NASA-UAP-D7, Skylab Techincal Crew Debriefing 1973
Page 3
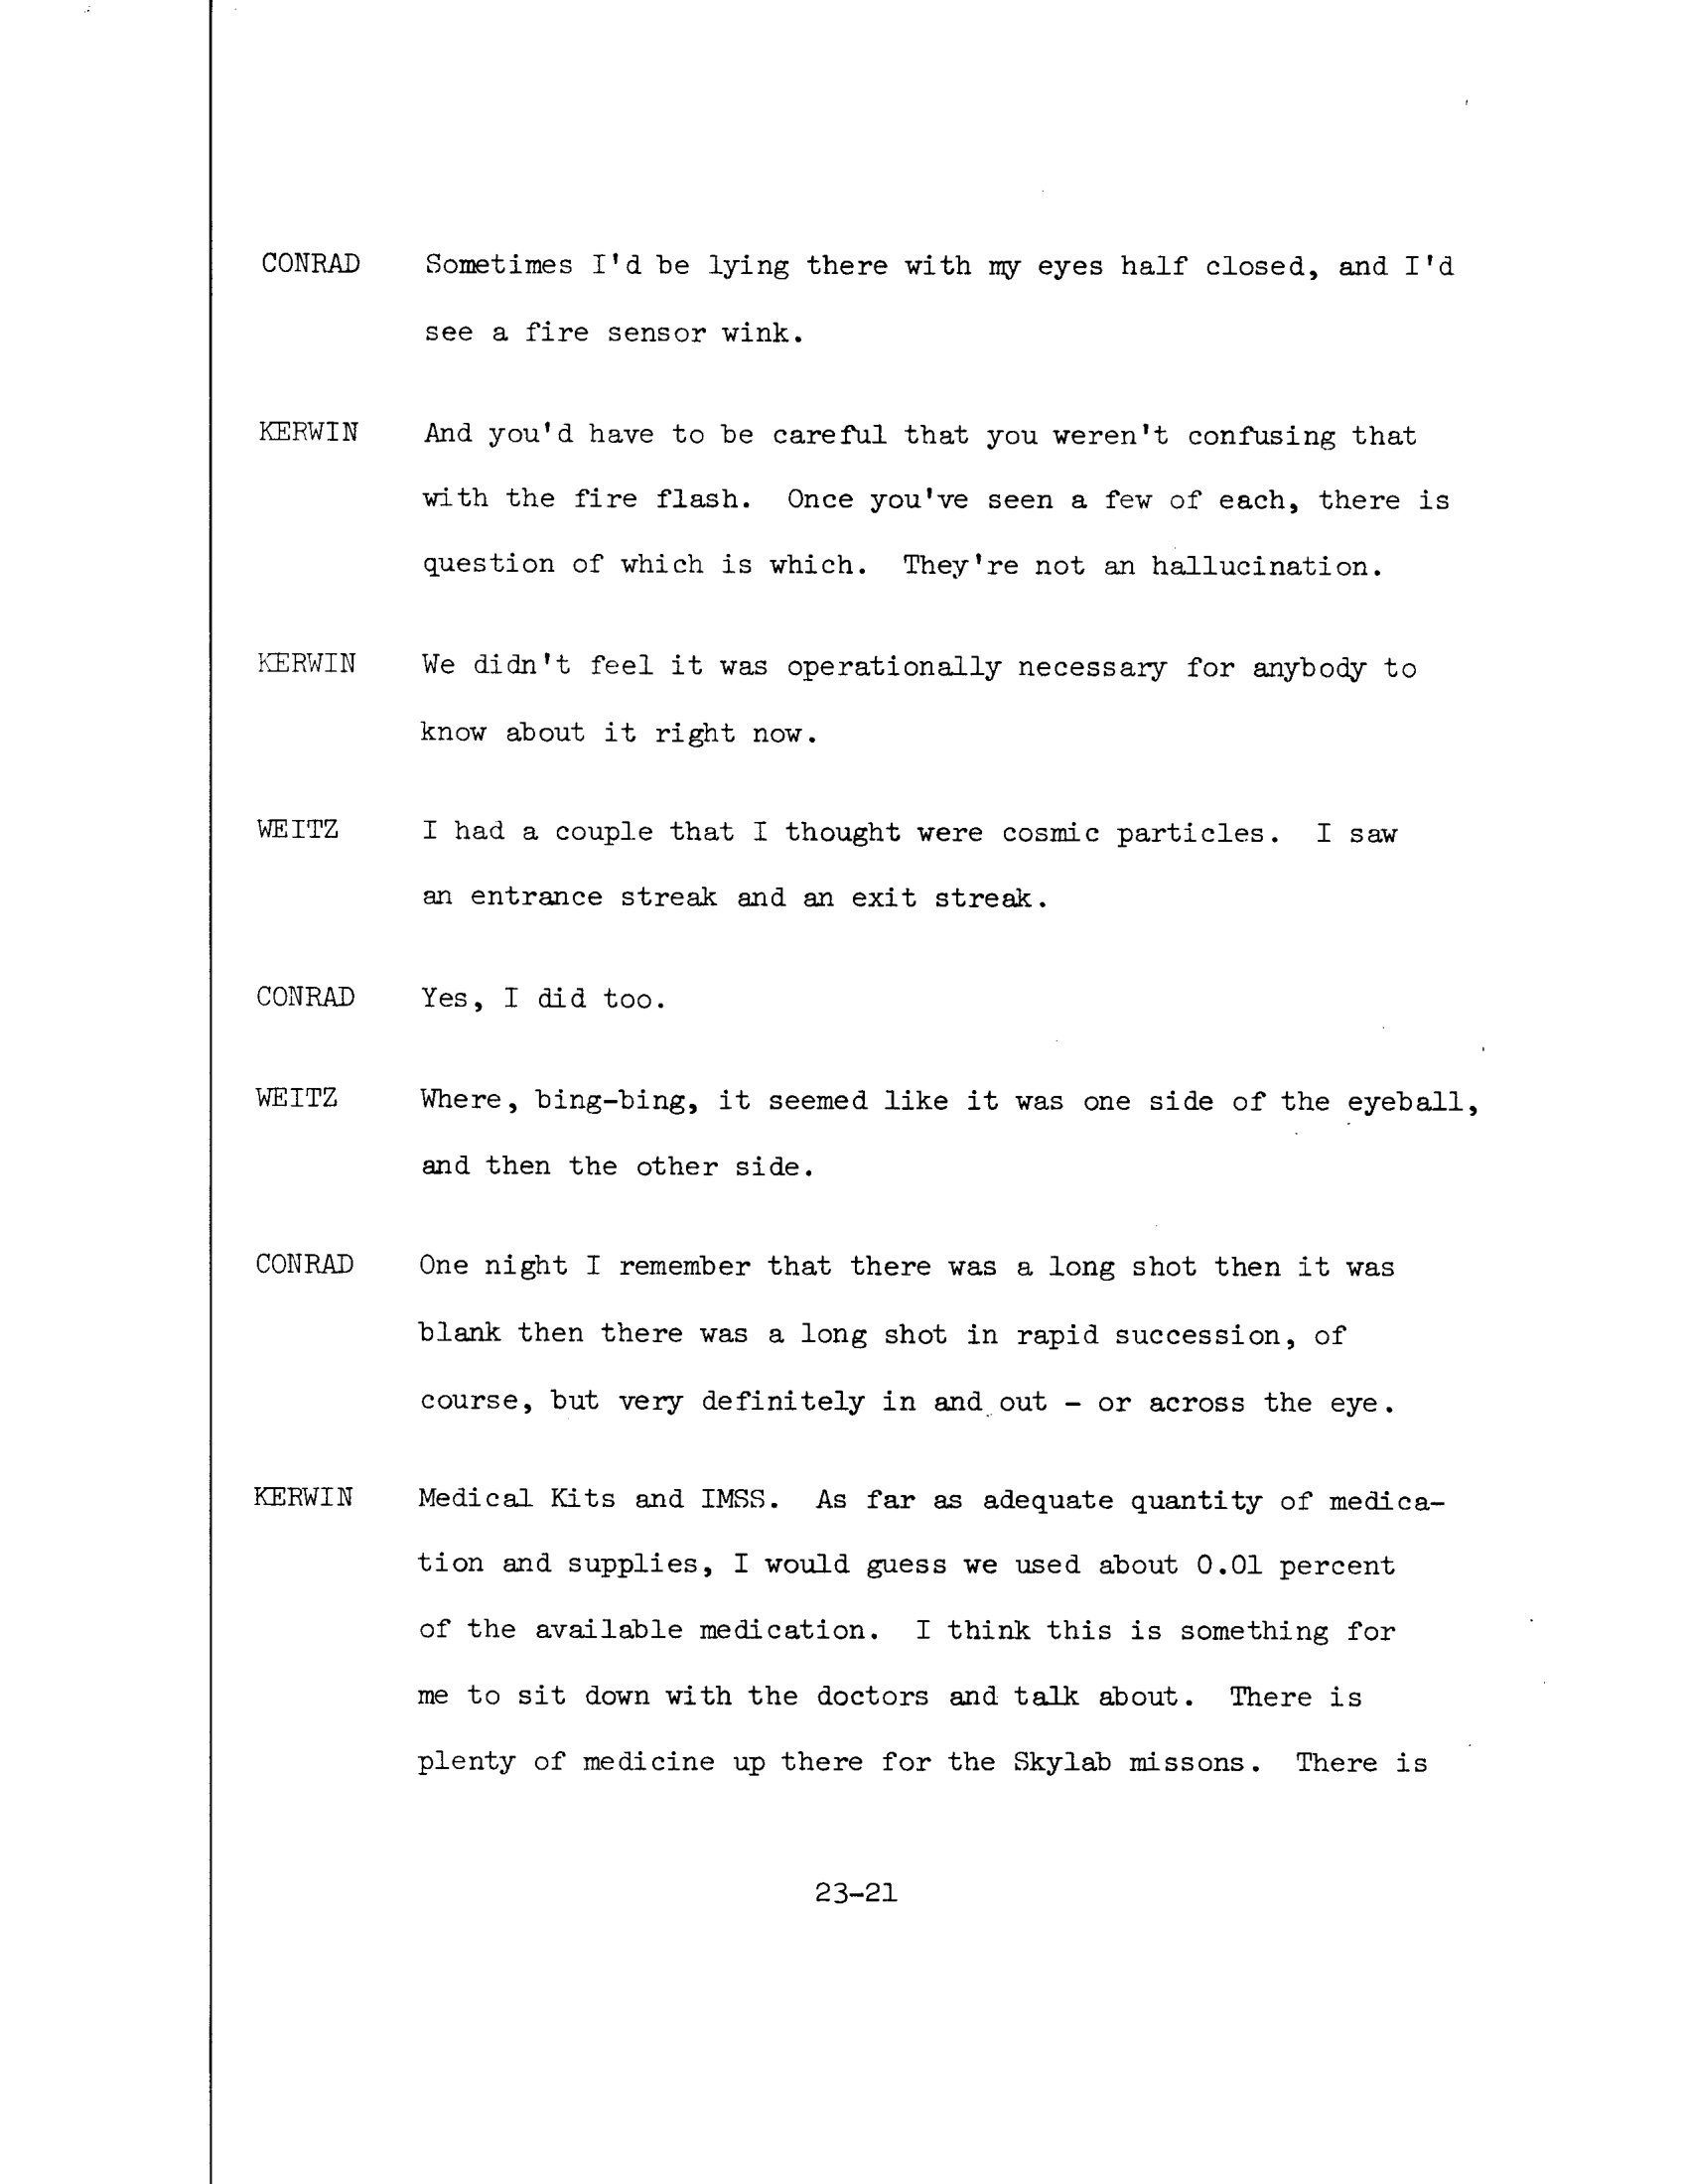